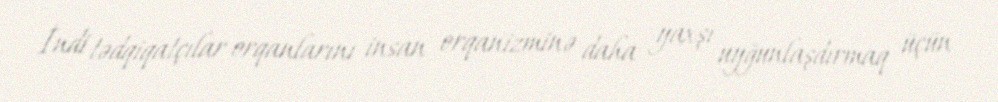
İndi tədqiqatçılar orqanlarını insan orqanizminə daha yaxşı uyğunlaşdırmaq üçün